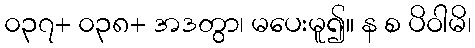
၀၃၇+ ၀၃၈+ အဒတွာ၊ မပေးမူ၍။ န စ ပိဝါမိ၊